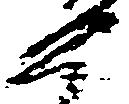
如